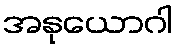
အနုယောဂါ